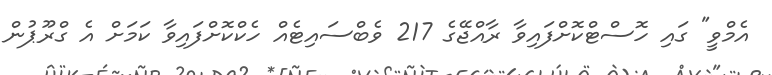
އެމްވީ" ގައި ހޮސްޓްކޮށްފައިވާ ރާއްޖޭގެ 217 ވެބްސައިޓެއް ހެކްކޮށްފައިވާ ކަމަށް އެ ގްރޫޕުން